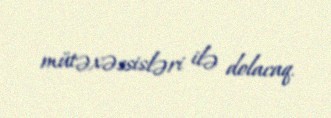
mütəxəssisləri ilə dolacaq.